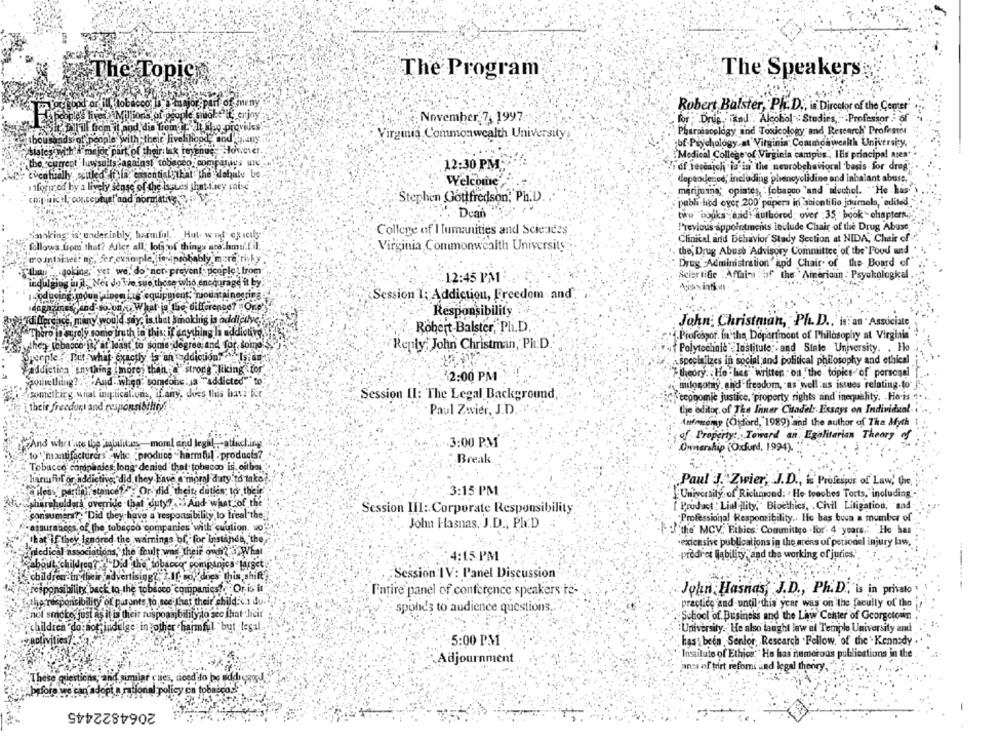
The Topics
The Program
The Speakers
malou gopd
ill, tobacco D
Ymajor part of meny
Robert Balster, Ph.D ., is Director of the Center'
cople's Inesa Miltons of people make it, erjny
November 7, 1997
for Drug. "and . Alcohol Studies,": Professor of
Till from it and, die from it. It also provides
Virginia Commonwealth University
Pharmacology, and Toxicology and Research' Professor
ds of people with their livelihood and any
bf Psychology at Virginia Commonwealth University,
Medical College of Virginia campus", IEis principal nses*
the current luwsuits against tobacco companies
12:30 PM
of Testaich is in the neurobehavioral basis for drog
eventually, soitled It la essentialsthat the dabuly be
deptodened' including phencyclidine and inhalant abuse,
iform od hy a lively sense of the issues thatL.wey raise
Welcome
menjuang; opiates :[obagco "and alochol. ""He kis
copiaicil, conceptual'and"
:Stephen Gottfredson, Ph.D)
publi lod over 200' papers in scientific journals, edited
.. . Dean
two" "books and! authored; over :35 book chapters.
College of I umanities and Science$
Previous appointments include Chair of the Drug Abuse
"making is underinbly, harmful.". Hut- what exactly
Clinical and behavior Stady Section at NIDA, Chair of ..
follows from that? Aller all; lots of things are hmu!fil
Virginia Commonwealth University:
the Drug Abuse Advisory Committee of the Food and
mo Jntainsee: ng, Ser ekimple, le probably more risky
Drug Administration" Apd Chair of the Board of
rtban baoking, yet we, do not prevent . people ) from
Scientific Affai-a :of the Ameriaun : Psykologkel
indulging in il."New do Wie suo those who encourage it by
-12:45 PM
Isoducing modun'ainon ius equipment"riou ithi nogring
Session 1: Addiction, Freedom and.
daghzinek find-so on ,. What is the difference? Or.e'
Responsibility
Vidiffere ice, many would say, is that smoking is addietye.
John; Christman, Ph. D ., ' is" an Associate
"Thero in surely some truth in this: if anything Is addiotre
Robert-Balster, Ph.D
.Profospor. In the Department of Philosophy at Virginia
the: tobacco it, at least to some degree and for, soins
"Reply: John Christman, Ph. D.
people : Rut- what exactly is an addiction? ". Istan
{ Polytechale Institule :. and State University. . Ho
specializes in social and political philosophy and ethical
Addiction "anything (more than "strong liking for'
2:00 PM
theory. . Ho - has written " on "the topics of personal
pour thing? And .. when someone is "addicted""to
milonotry and freedom, as well as issues relating-to"
something what implications, ifany, does this bavz for
Session II: The Legal Background
economic justice, property rights and inequality. . Ho is
their freedori and responsibthry
the editor of The Inner Citadel: Essays on Individual
Paul Zwier, J.D.
Infoisomy (Osford, 1989) and the author of The Myth
of Property: Toward an. Egalitarian Theory of
And why t'ace the 'inbilites-moml and leght ,- attaching
3:00 PM
Ownership (Oxford, 1994).
to "'mantifacturers :whe produce * harmful - products?
"Break
Tobacco companies long denied that tobacco is, oitbes
harufil or addictive, did they have a moral duty to take
Paul J. 'Zwier, J.D ., i Profespor of Law' Che,
diles " partinstance1 ; Or did theit, duties to their
3:15 PM
University of Richmond: . He teaches Torts, including'.
shareholders override that duty? .. And what of the
[ Product: Lial ality," Bioethics, . Civil Litigation, "sad
Session III: Corporate Responsibility
consumers ?: "Did they have a responsibility to treal the
"Professional Responsibility .. Ho bas buva a member of
-assurances, of the tobacco companies with caution, wo
John Hasnas. J.D ., Ph.D
ce"the MCV. Ethics: Committee . for'. 4 years .: He has
"that if they Ignored the warnings bf, for Instance, "the
extensive publications in the areas of personal injury law.
Einledical associations, the foult was their own? What
:: 4:15PM
.prodires liability, and the working of juries."
Rabout children? "Did the tobacco" companies target
children in their advertising? 2.If so, does this shift,
Session IV: Panel Discussion
-tresponsibility back to the tobacco companies . "Or is it
Entire panel of conference speakers te-
John Hasnas, J.D ., Ph.D ., "is in privato
the responsibility of parants to see that their child can do.
spohds to audience questions.
practice and until this year was on the faculty of the
not smoke just as it is their responsibility to see that their
School of Business and the Law Center of Georgetown
children do not indulge in other harmful but legal.
University. He also taught law al Templo University ami
zaoliv
5:00 PM
has been Sonlor, Research .Follow, of the Kennedy
Institute of Ethics." He has numerous publications in the
Adjournment
anca of trirt refomi und legal theory
These questic
similar cues, diced fo be eddigand
rational policy on tobasco.""
before we can
2064822445